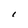
Character: i